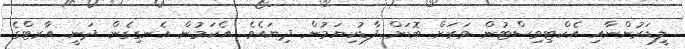
ލީޑަރުންނާއި އެކްޓިވިސްޓުން ވަރަށް ބޮޑަށް ފާޑުކިޔަމުން ދިޔައެވެ. އެކަމުން އެނގިގެން ދަނީ އާރޓްގެ